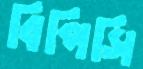
বিপিসি